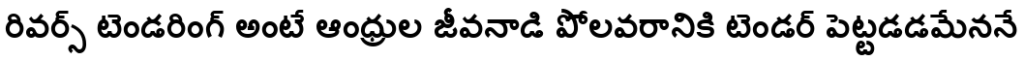
రివర్స్ టెండరింగ్ అంటే ఆంధ్రుల జీవనాడి పోలవరానికి టెండర్ పెట్టడడమేననే